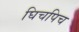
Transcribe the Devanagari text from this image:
घिचपिच